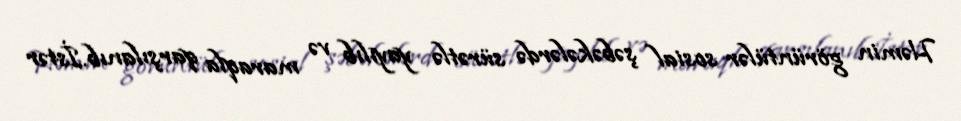
Həmin görüntülər sosial şəbəkələrdə sürətlə yayılıb və maraqla qarşılanıb.İstər